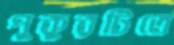
পুকুরটিতে